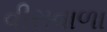
વીરાવાળા